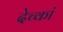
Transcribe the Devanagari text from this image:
देच्कां